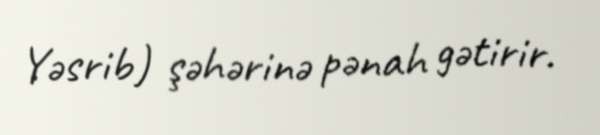
Yəsrib) şəhərinə pənah gətirir.